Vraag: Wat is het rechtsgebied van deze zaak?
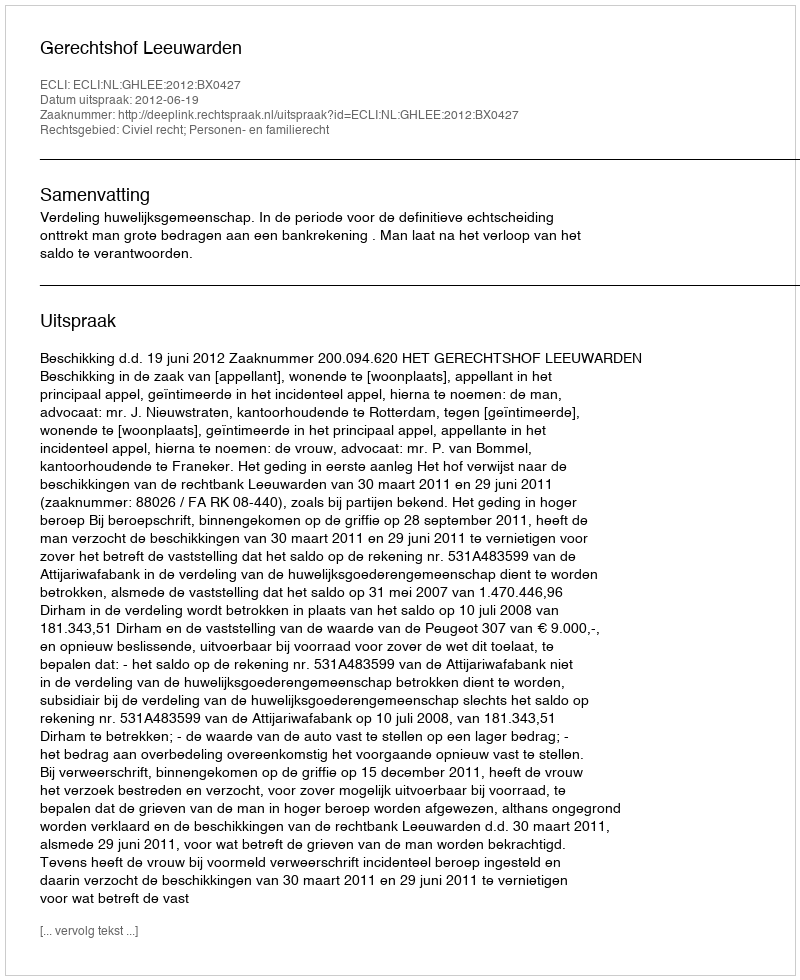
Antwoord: Civiel recht; Personen- en familierecht